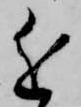
進